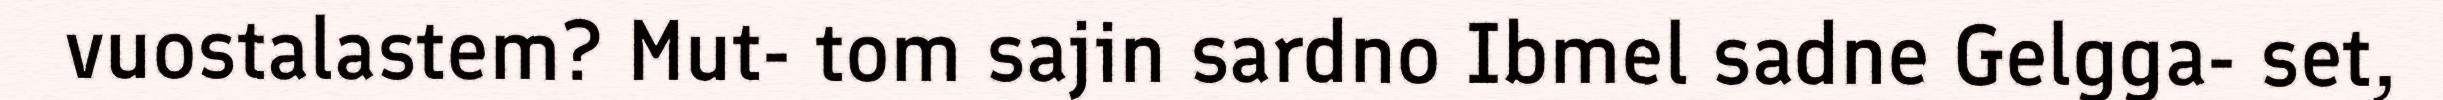
vuostalastem? Mut- tom sajin sardno Ibmel sadne Gelgga- set,